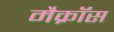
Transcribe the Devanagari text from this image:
मैक्रॉस